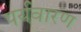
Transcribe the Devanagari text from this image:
पर्यवारण